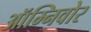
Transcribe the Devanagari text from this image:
ऑम्निवोर